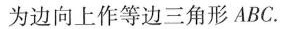
为边向上作等边三角形ABC.